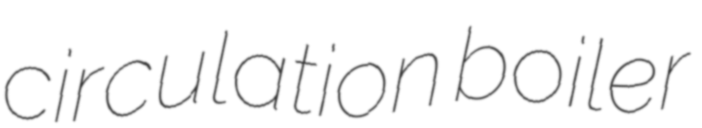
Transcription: circulation boiler